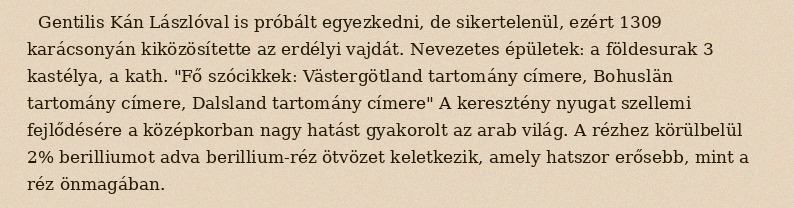
Gentilis Kán Lászlóval is próbált egyezkedni, de sikertelenül, ezért 1309 karácsonyán kiközösítette az erdélyi vajdát. Nevezetes épületek: a földesurak 3 kastélya, a kath. "Fő szócikkek: Västergötland tartomány címere, Bohuslän tartomány címere, Dalsland tartomány címere" A keresztény nyugat szellemi fejlődésére a középkorban nagy hatást gyakorolt az arab világ. A rézhez körülbelül 2% berilliumot adva berillium-réz ötvözet keletkezik, amely hatszor erősebb, mint a réz önmagában.